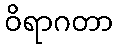
ဝိရာဂတာ